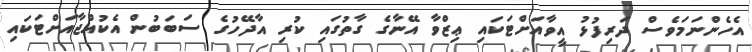
އެހެންނަމަވެސް ދަރިފުޅު އީވާއަށްޓަކައި ޢިޒްވާ އޭނާގެ ގާތުގައި ކުރި އާދޭހުގެ ސަބަބުން އެކުއްޖާއަށްޓަކައި